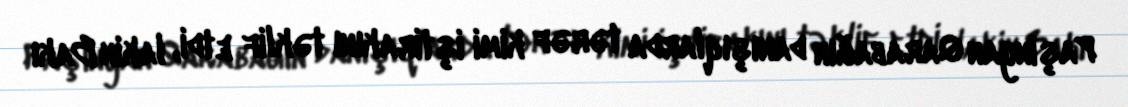
Paşinyan Qarabağın danışıqlarda tərəf kimi iştirakını təklif etdi, lakin Bakı